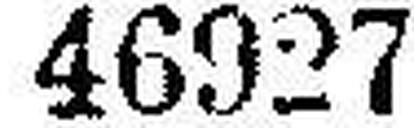
46927